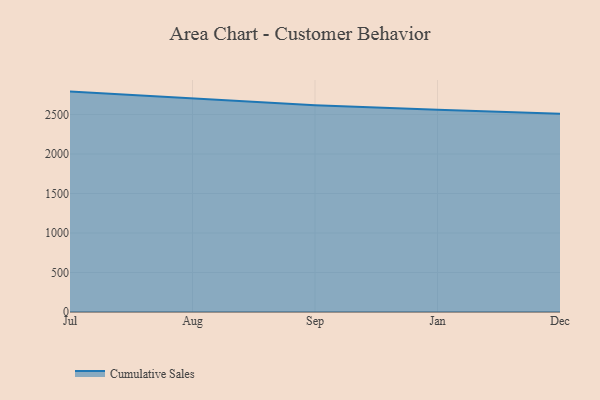
{"axis": {"x": "Month", "y": "Conversion Rate (%)"}, "legend": ["Cumulative Sales"], "data": [{"x": "Jul", "y": 2790.9, "type": "Cumulative Sales"}, {"x": "Aug", "y": 2708.5, "type": "Cumulative Sales"}, {"x": "Sep", "y": 2618.7, "type": "Cumulative Sales"}, {"x": "Jan", "y": 2560.2, "type": "Cumulative Sales"}, {"x": "Dec", "y": 2510.4, "type": "Cumulative Sales"}]}